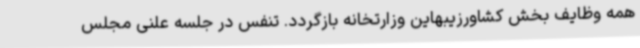
همه وظایف بخش کشاورزیبهاین وزارتخانه بازگردد. تنفس در جلسه علنی مجلس